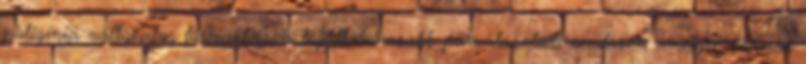
poligínia változatos formákban a legáltalánosabb párválasztási rendszer, amelyre számos